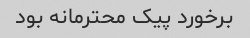
برخورد پیک محترمانه بود